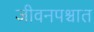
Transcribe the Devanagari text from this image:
जीवनपश्चात